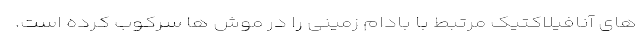
های آنافیلاکتیک مرتبط با بادام زمینی را در موش ها سرکوب کرده است.